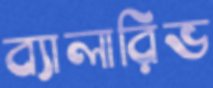
ব্যালারিভ